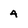
Character: 4